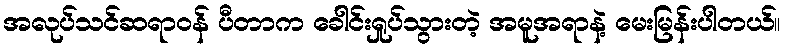
အလုပ်သင်ဆရာဝန် ပီတာက ခေါင်းရှုပ်သွားတဲ့ အမူအရာနဲ့ မေးမြန်းပါတယ်။